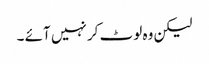
لیکن وہ لوٹ کر نہیں آئے ۔